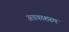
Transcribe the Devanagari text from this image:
अवकाशरुप